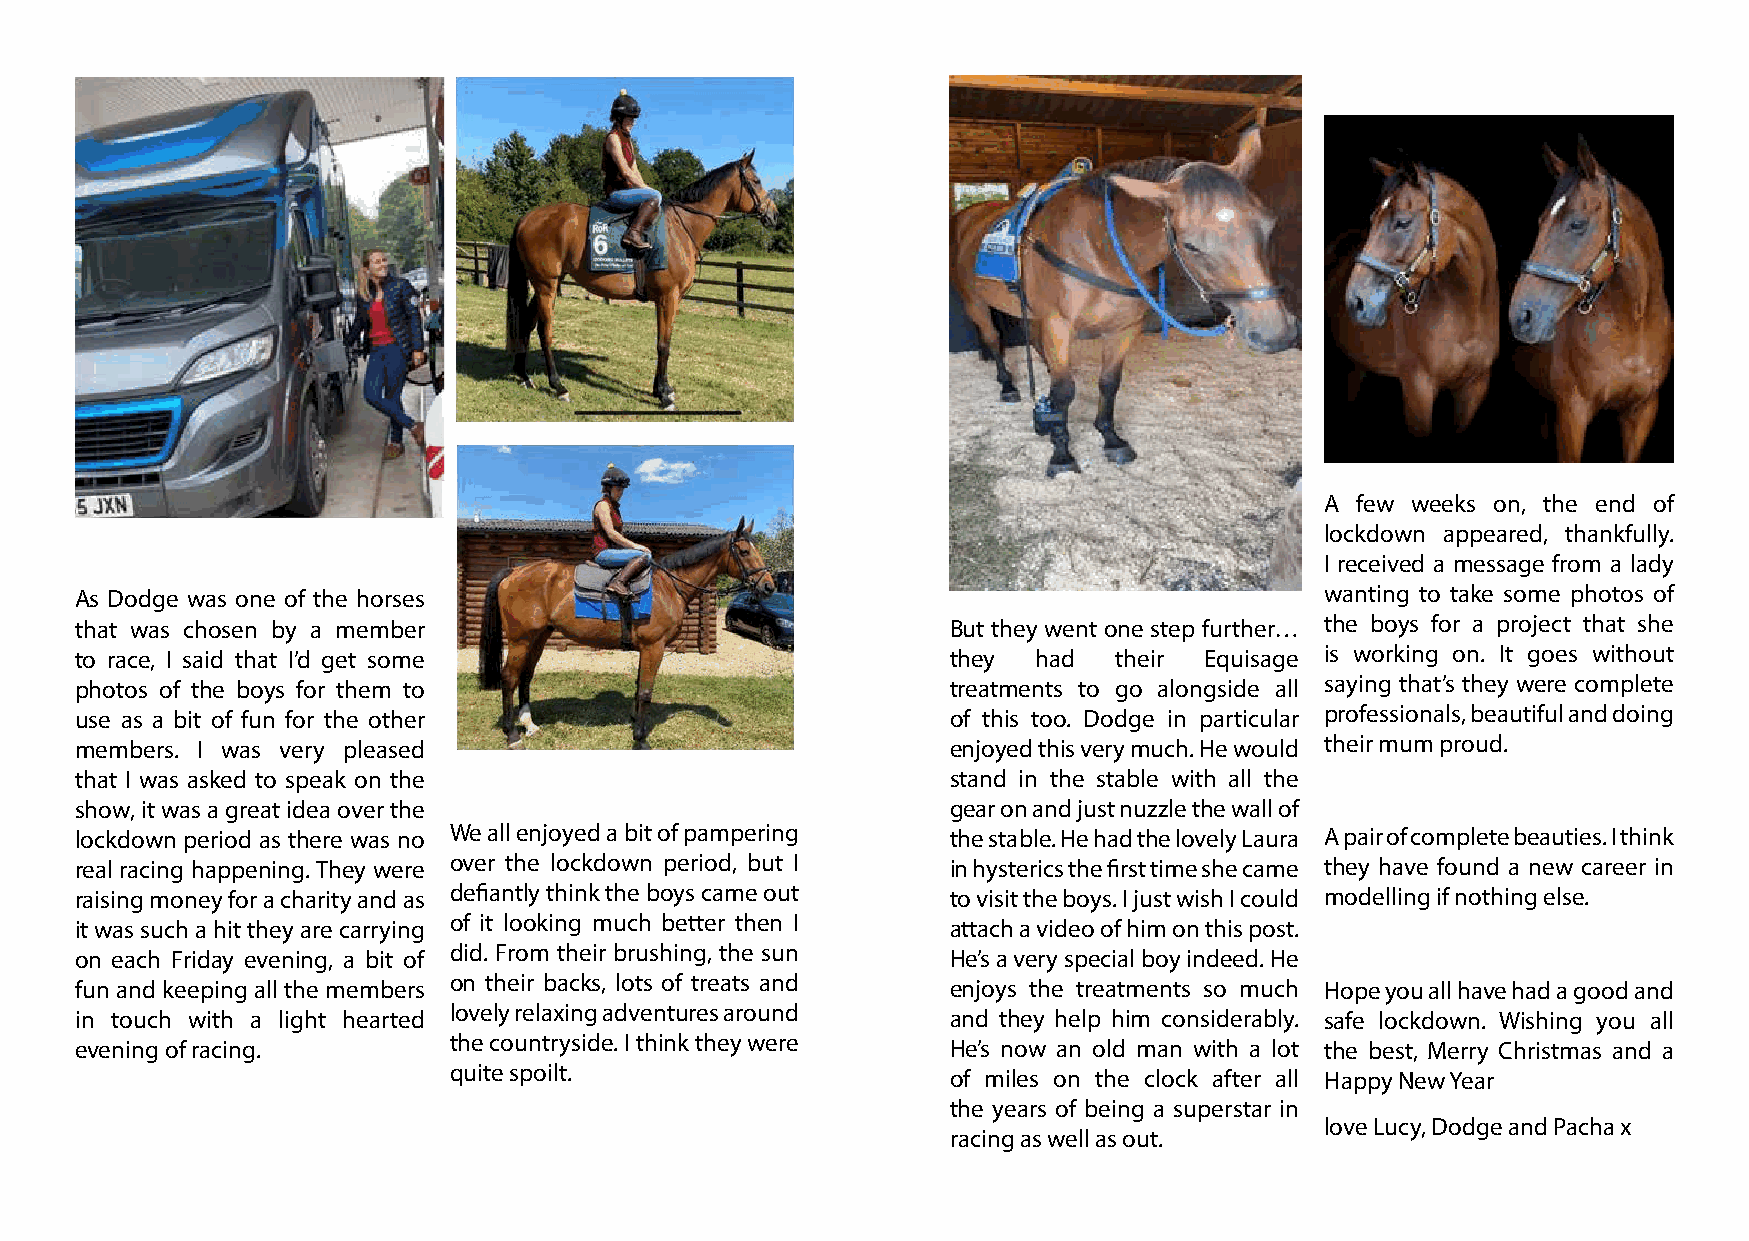
A few weeks on, the end of
 lockdown appeared, thankfully.
 I received a message from a lady
 As Dodge was one of the horses                                                     wanting to take some photos of
 that was chosen by a member                               But they went one step further… the boys for a project that she
 to race, I said that I’d get some                         they  had  their Equisage is working on. It goes without
 photos of the boys for them to                            treatments to go alongside all saying that’s they were complete
 use as a bit of fun for the other                         of this too. Dodge in particular professionals, beautiful and doing
 members. I was very pleased                               enjoyed this very much. He would their mum proud.
 that I was asked to speak on the                          stand in the stable with all the
 show, it was a great idea over the                        gear on and just nuzzle the wall of
 lockdown period as there was no We all enjoyed a bit of pampering the stable. He had the lovely Laura A pair of complete beauties. I think
 real racing happening. They were over the lockdown period, but I in hysterics the first time she came they have found a new career in
 raising money for a charity and as defiantly think the boys came out to visit the boys. I just wish I could modelling if nothing else.
 it was such a hit they are carrying of it looking much better then I attach a video of him on this post.
 on each Friday evening, a bit of did. From their brushing, the sun He’s a very special boy indeed. He
 fun and keeping all the members on their backs, lots of treats and enjoys the treatments so much Hope you all have had a good and
 in touch with a light hearted lovely relaxing adventures around and they help him considerably. safe lockdown. Wishing you all
 evening of racing.       the countryside. I think they were He’s now an old man with a lot the best, Merry Christmas and a
 quite spoilt.                    of miles on the clock after all Happy New Year
 the years of being a superstar in
 love Lucy, Dodge and Pacha x
 racing as well as out.